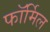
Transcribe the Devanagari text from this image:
फॉर्मिल